Leaving Certificate, 1888
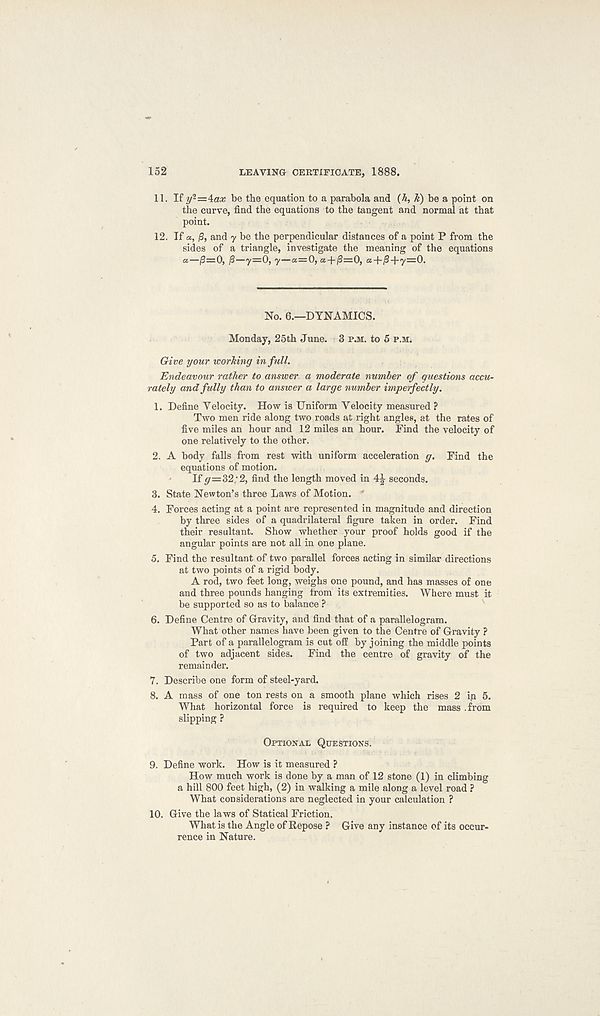
152
LEAVING CERTIFICATE, 1888.
11. If y 2 =4a;c be the equation to a parabola and {h, k) be a point on
the curve, find the equations to the tangent and normal at that
point.
12. If a, (3, and y be the perpendicular distances of a point P from the
sides of a triangle, investigate the meaning of the equations
a—p=0, p—7=0, y—a=0, a + /3=0, a + /3 + y=0.
No. 6.—DYNAMICS.
Monday, 25th June. 3 p.m. to 5 p.m.
Give your working in full.
Endeavour rather to answer a moderate number of questions accu-
rately and fully than to answer a large number imperfectly.
1. Define Velocity. How is Uniform Velocity measured ?
Two men ride along two roads at right angles, at the rates of
five miles an hour and 12 miles an hour. Find the velocity of
one relatively to the other.
2. A body falls from rest with uniform acceleration g. Find the
equations of motion.
If <7=32/2, find the length moved in 41 seconds.
3. State Newton’s three Laws of Motion.
4. Forces acting at a point are represented in magnitude and direction
by three sides of a quadrilateral figure taken in order. Find
their resultant. Show whether your proof holds good if the
angular points are not all in one plane.
5. Find the resultant of two parallel forces acting in similar directions
at two points of a rigid body.
A rod, two feet long, weighs one pound, and has masses of one
and three pounds hanging from its extremities. Where must it
be supported so as to balance ?
6. Define Centre of Gravity, and find that of a parallelogram.
What other names have been given to the Centre of Gravity ?
Part of a parallelogram is cut off by joining the middle points
of two adjacent sides. Find the centre of gravity of the
remainder.
7. Describe one form of steel-yard.
8. A mass of one ton rests on a smooth plane which rises 2 in 5.
What horizontal force is required to keep the mass .from
slipping ?
Optional Questions.
9. Define work. How is it measured ?
How much work is done by a man of 12 stone (1) in climbing
a hill 800 feet high, (2) in walking a mile along a level road ?
What considerations are neglected in your calculation ?
10. Give the laws of Statical Friction.
What is the Angle of Repose ? Give any instance of its occur-
rence in Nature.